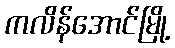
ကလိန်အောင်မြို့